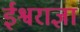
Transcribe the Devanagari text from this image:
ईश्वराज्ञा